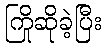
ကြိုဆိုခဲ့ပြီး